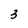
Character: 3